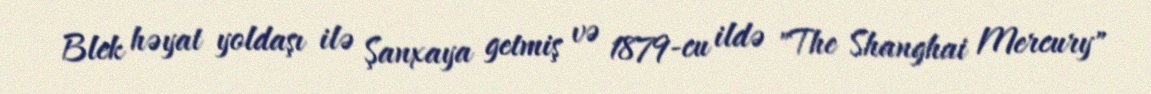
Blek həyat yoldaşı ilə Şanxaya getmiş və 1879-cu ildə "The Shanghai Mercury"